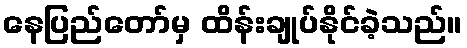
နေပြည်တော်မှ ထိန်းချုပ်နိုင်ခဲ့သည်။